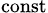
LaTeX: _\mathrm{const}